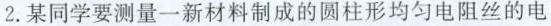
2.某同学要测量一新材料制成的圆柱形均匀电阻丝的电